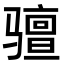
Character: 𫘰